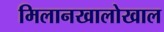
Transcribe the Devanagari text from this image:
मिलानखालोखाल